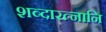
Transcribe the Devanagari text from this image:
शब्दारत्नानि